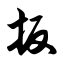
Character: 扳